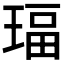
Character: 𰢅